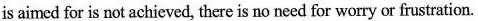
is aimed for is not achieved, there is no need for worry or frustration.